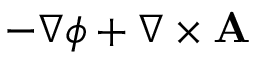
- \nabla \phi + \nabla \times \mathbf { A }